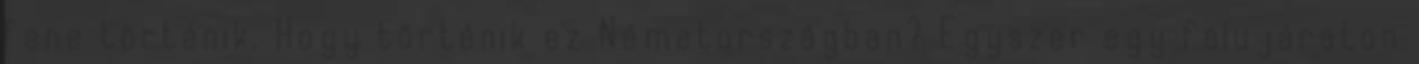
fene történik. Hogy történik ez Németországban? Egyszer egy falujáraton